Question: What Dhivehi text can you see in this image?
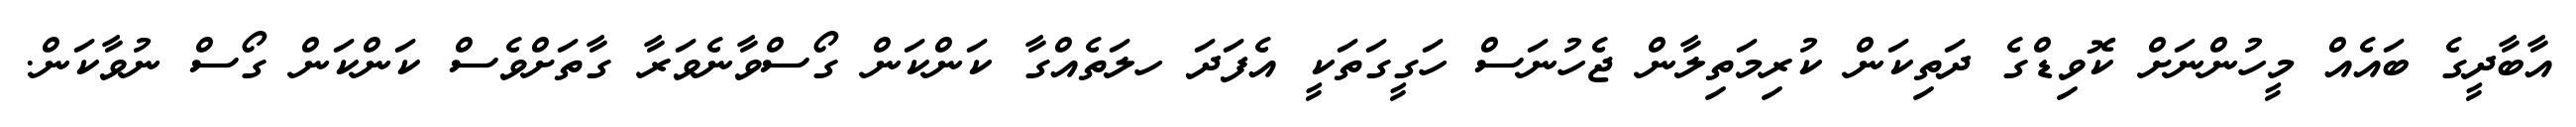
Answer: އާބާދީގެ ބައެއް މީހުންނަށް ކޮވިޑްގެ ދަތިކަން ކުރިމަތިލާން ޖެހުނަސް ހަގީގަތަކީ އެފަދަ ހލަތެއްގާ ކަންކަން ގޯސްވާނެވަރާ ގާތަށްވެސް ކަންކަން ގޯސް ނުވާކަން.